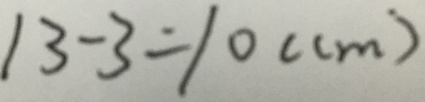
1 3 - 3 = 1 0 ( c m )